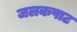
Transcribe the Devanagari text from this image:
जलकपाट